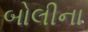
બોલીના